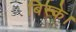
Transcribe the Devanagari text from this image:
बिस्के।